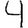
Digit: 4